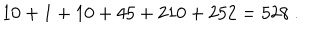
1 0 + 1 + 1 0 + 4 5 + 2 1 0 + 2 5 2 = 5 2 8 \ .